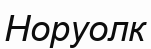
Норуолк